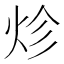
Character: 𤇪